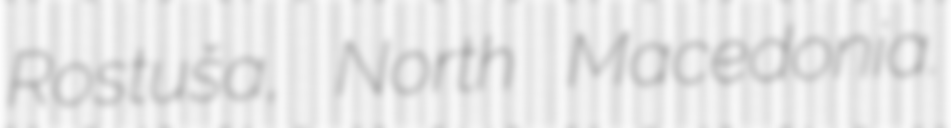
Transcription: Rostuša, North Macedonia.